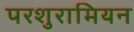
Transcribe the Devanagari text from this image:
परशुरामियन